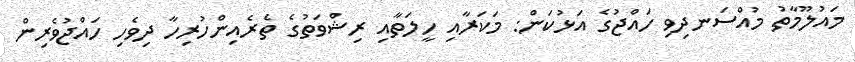
މައުލޫމާތު މުއްސަނދިވި ހައްޖުގެ އަޅުކަން: މަކަރާއި ހީލަތާއި ރިޝްވަތުގެ ތެރެއިންހުރިހާ ދިވެހި ހައްޖުވެރިން